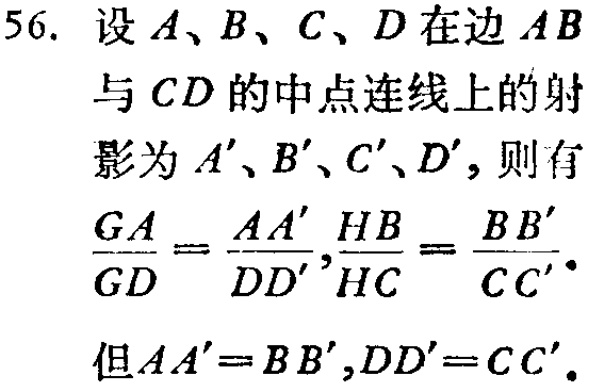
56. 设\(A、B、C、D\)在边\(AB\)与\(CD\)的中点连线上的射影为\(A'、B'、C'、D'\)，则有
\(\frac{GA}{GD}=\frac{AA'}{DD'},\frac{HB}{HC}=\frac{BB'}{CC'}\)。
但\(AA' = BB',DD' = CC'\)。